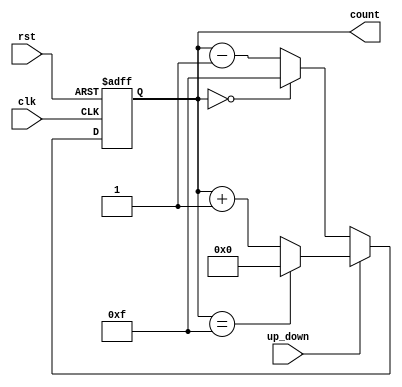
module UpDownCounter (
    input wire clk,            // Clock input
    input wire rst,            // Asynchronous reset
    input wire up_down,        // Up/Down control
    output reg [N-1:0] count   // Count output (N bits wide)
);
    parameter N = 4;           // Width of the counter (number of bits)
    parameter MAX_COUNT = (1 << N) - 1; // Maximum count value

    // Asynchronous reset and counting logic
    always @(posedge clk or posedge rst) begin
        if (rst) begin
            count <= 0;        // Reset count to 0
        end else begin
            if (up_down) begin
                // Count up
                if (count == MAX_COUNT) begin
                    count <= 0; // Wrap around to 0
                end else begin
                    count <= count + 1; // Increment count
                end
            end else begin
                // Count down
                if (count == 0) begin
                    count <= MAX_COUNT; // Wrap around to MAX_COUNT
                end else begin
                    count <= count - 1; // Decrement count
                end
            end
        end
    end
endmodule